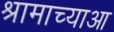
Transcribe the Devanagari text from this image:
श्रामाच्याआ